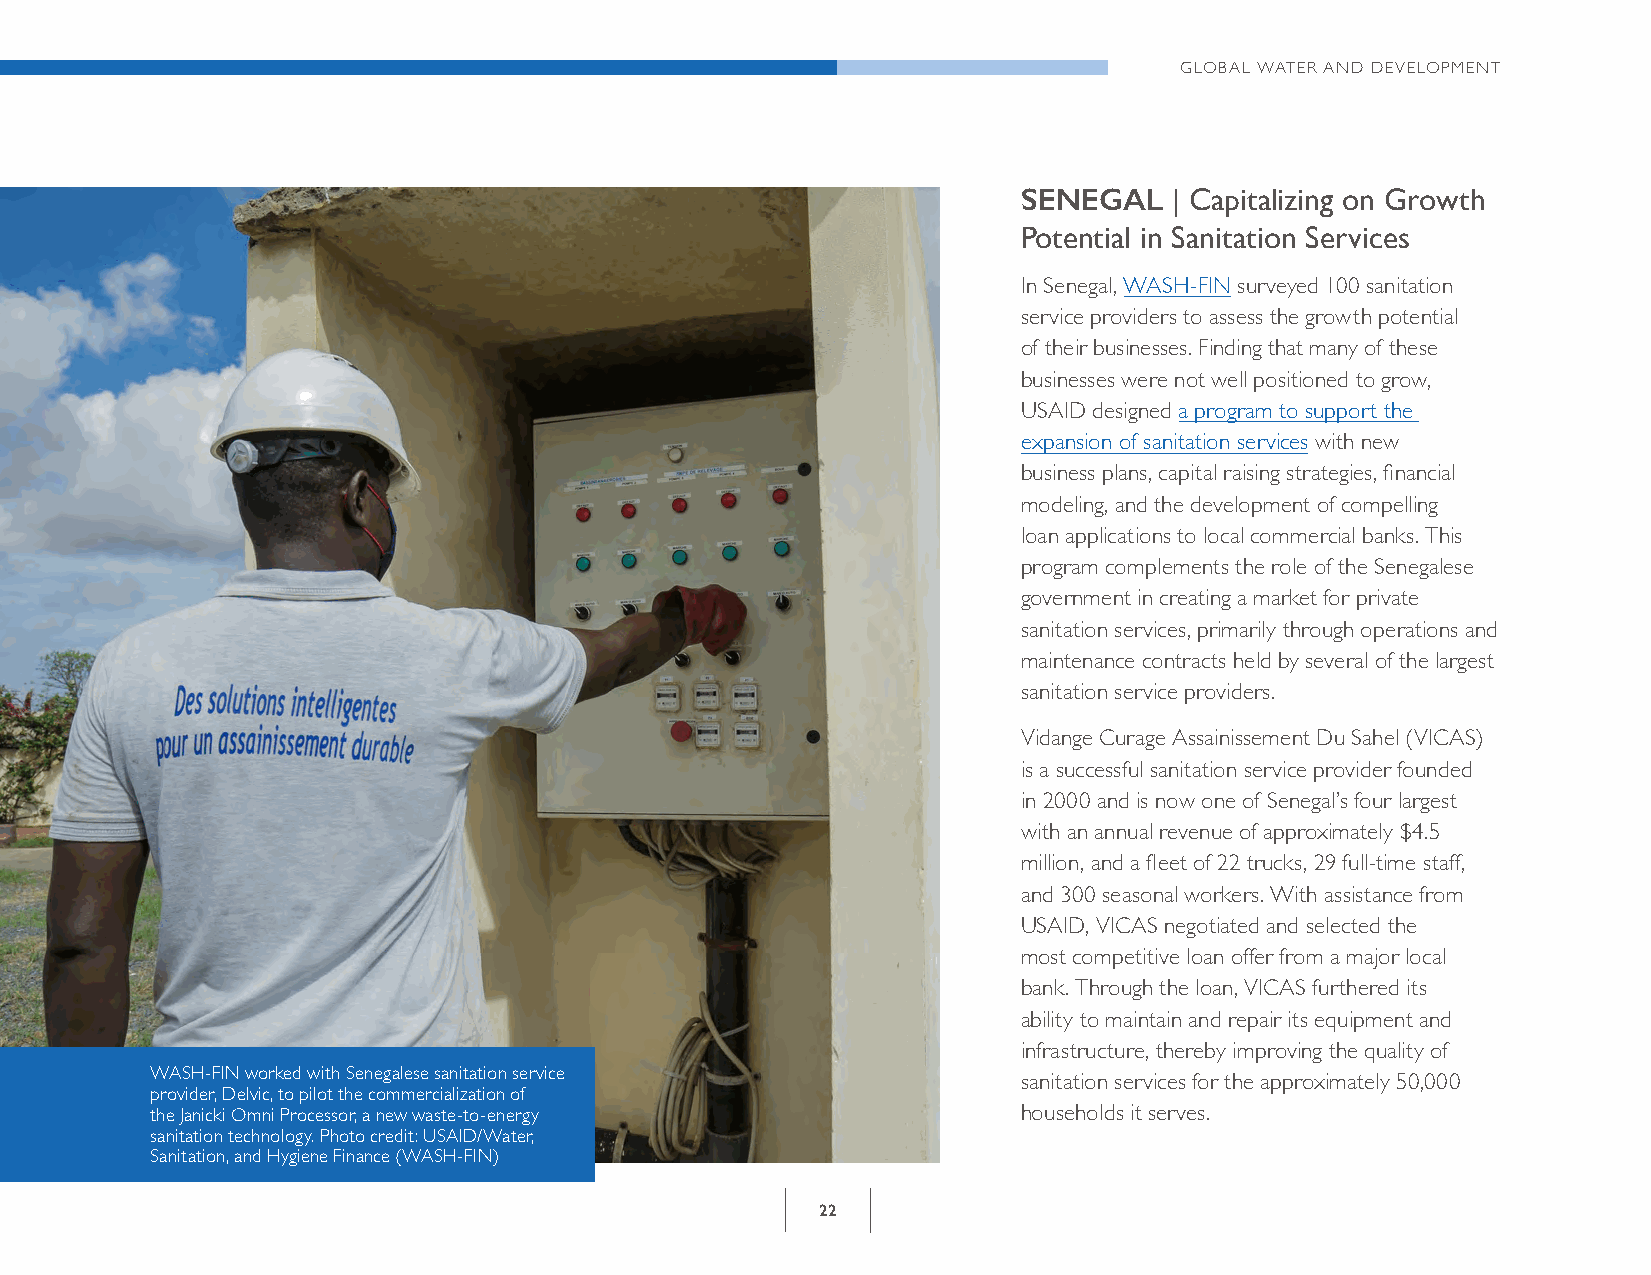
GLOBAL WATER AND DEVELOPMENT
 SENEGAL   | Capitalizing on Growth
 Potential in Sanitation Services
 In Senegal, WASH-FIN surveyed 100 sanitation
 service providers to assess the growth potential
 of their businesses. Finding that many of these
 businesses were not well positioned to grow,
 USAID designed a program to support the
 expansion of sanitation services with new
 business plans, capital raising strategies, financial
 modeling, and the development of compelling
 loan applications to local commercial banks. This
 program complements the role of the Senegalese
 government in creating a market for private
 sanitation services, primarily through operations and
 maintenance contracts held by several of the largest
 sanitation service providers.
 Vidange Curage Assainissement Du Sahel (VICAS)
 is a successful sanitation service provider founded
 in 2000 and is now one of Senegal’s four largest
 with an annual revenue of approximately $4.5
 million, and a fleet of 22 trucks, 29 full-time staff,
 and 300 seasonal workers. With assistance from
 USAID, VICAS negotiated and selected the
 most competitive loan offer from a major local
 bank. Through the loan, VICAS furthered its
 ability to maintain and repair its equipment and
 infrastructure, thereby improving the quality of
 WASH-FIN worked with Senegalese sanitation service
 sanitation services for the approximately 50,000
 provider, Delvic, to pilot the commercialization of
 the Janicki Omni Processor, a new waste-to-energy         households it serves.
 sanitation technology. Photo credit: USAID/Water,
 Sanitation, and Hygiene Finance (WASH-FIN)
 22